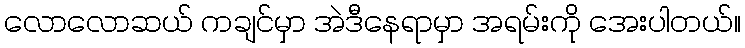
လောလောဆယ် ကချင်မှာ အဲဒီနေရာမှာ အရမ်းကို အေးပါတယ်။